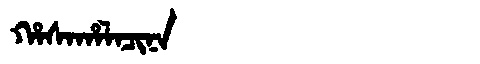
Manchu: ᡥᠠᠰᠠᡥᠠᠯᠠᠴᡳᠨᠠ
Romanization: HASAHALACINA